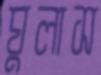
ঘুলাস